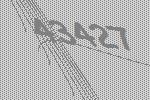
43427